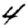
Digit: 4